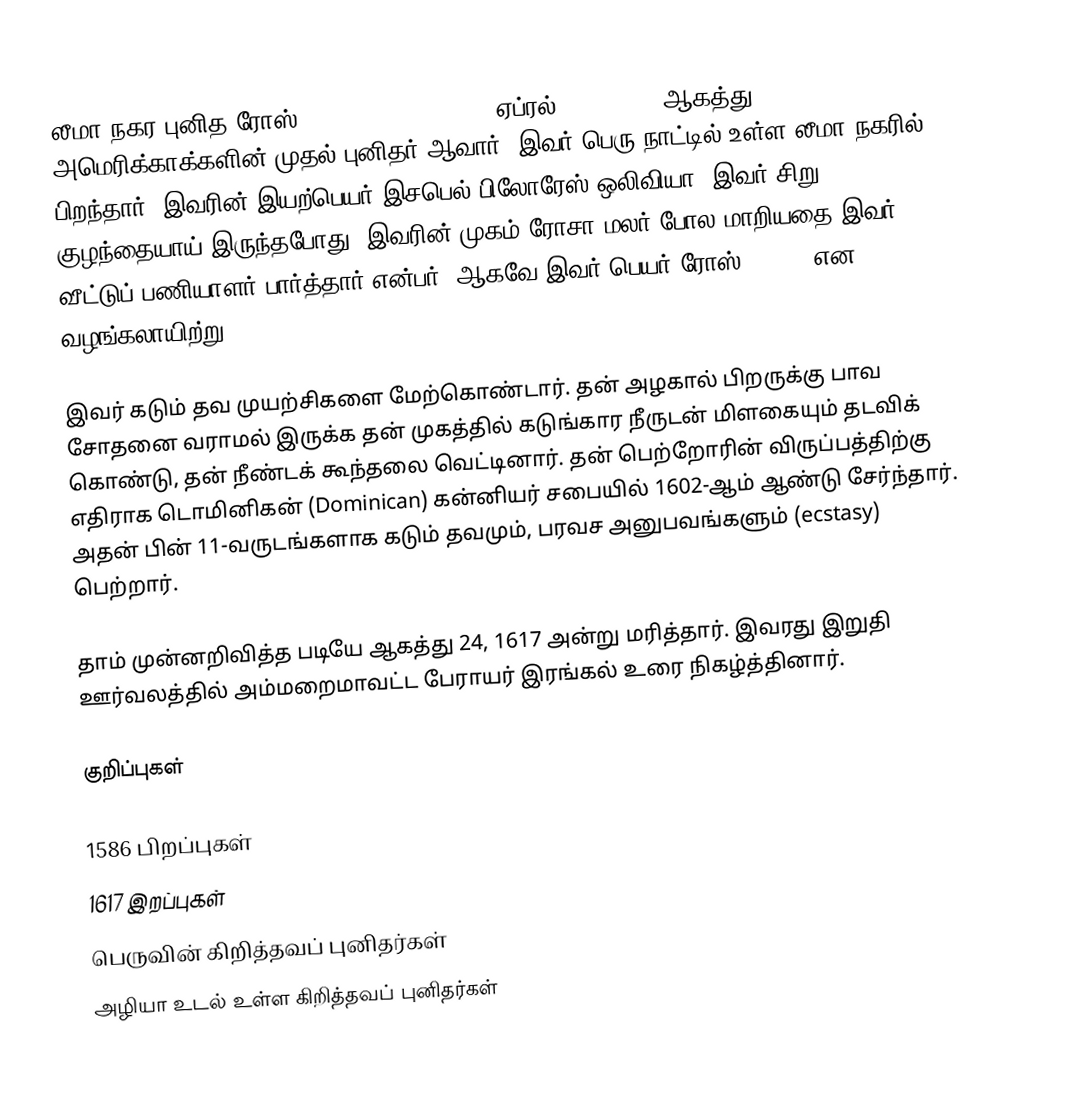
லீமா நகர புனித ரோஸ் (Saint Rose of Lima, ஏப்ரல் 20, 1586 - ஆகத்து 24, 1617) அமெரிக்காக்களின் முதல் புனிதர் ஆவார். இவர் பெரு நாட்டில் உள்ள லீமா நகரில் பிறந்தார். இவரின் இயற்பெயர் இசபெல் பிலோரேஸ் ஒலிவியா. இவர் சிறு குழந்தையாய் இருந்தபோது, இவரின் முகம் ரோசா மலர் போல மாறியதை இவர் வீட்டுப் பணியாளர் பார்த்தார் என்பர். ஆகவே இவர் பெயர் ரோஸ் (Rose) என வழங்கலாயிற்று.

இவர் கடும் தவ முயற்சிகளை மேற்கொண்டார். தன் அழகால் பிறருக்கு பாவ சோதனை வராமல் இருக்க தன் முகத்தில் கடுங்கார நீருடன் மிளகையும் தடவிக் கொண்டு, தன் நீண்டக் கூந்தலை வெட்டினார். தன் பெற்றோரின் விருப்பத்திற்கு எதிராக டொமினிகன் (Dominican) கன்னியர் சபையில் 1602-ஆம் ஆண்டு சேர்ந்தார். அதன் பின் 11-வருடங்களாக கடும் தவமும், பரவச அனுபவங்களும் (ecstasy) பெற்றார்.

தாம் முன்னறிவித்த படியே ஆகத்து 24, 1617 அன்று மரித்தார். இவரது இறுதி ஊர்வலத்தில் அம்மறைமாவட்ட பேராயர் இரங்கல் உரை நிகழ்த்தினார்.

குறிப்புகள்

1586 பிறப்புகள்
1617 இறப்புகள்
பெருவின் கிறித்தவப் புனிதர்கள்
அழியா உடல் உள்ள கிறித்தவப் புனிதர்கள்